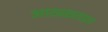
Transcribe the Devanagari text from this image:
आठळतात